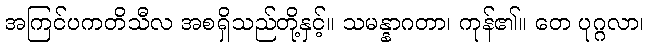
အကြင်ပကတိသီလ အစရှိသည်တို့နှင့်။ သမန္နာဂတာ၊ ကုန်၏။ တေ ပုဂ္ဂလာ၊